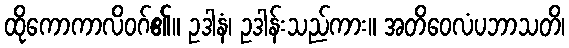
ထိုကောကာလိဝဂ်၏။ ဥဒါနံ၊ ဥဒါန်းသည်ကား။ အတိဝေလံပဘာသတိ၊